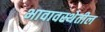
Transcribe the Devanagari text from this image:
भावावस्थेतील